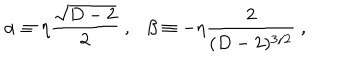
\alpha \equiv \eta { \frac { \sqrt { D - 2 } } { 2 } } ~ , \beta \equiv - \eta { \frac { 2 } { ( D - 2 ) ^ { 3 / 2 } } } ~ ,